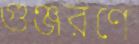
গুঞ্জরণে